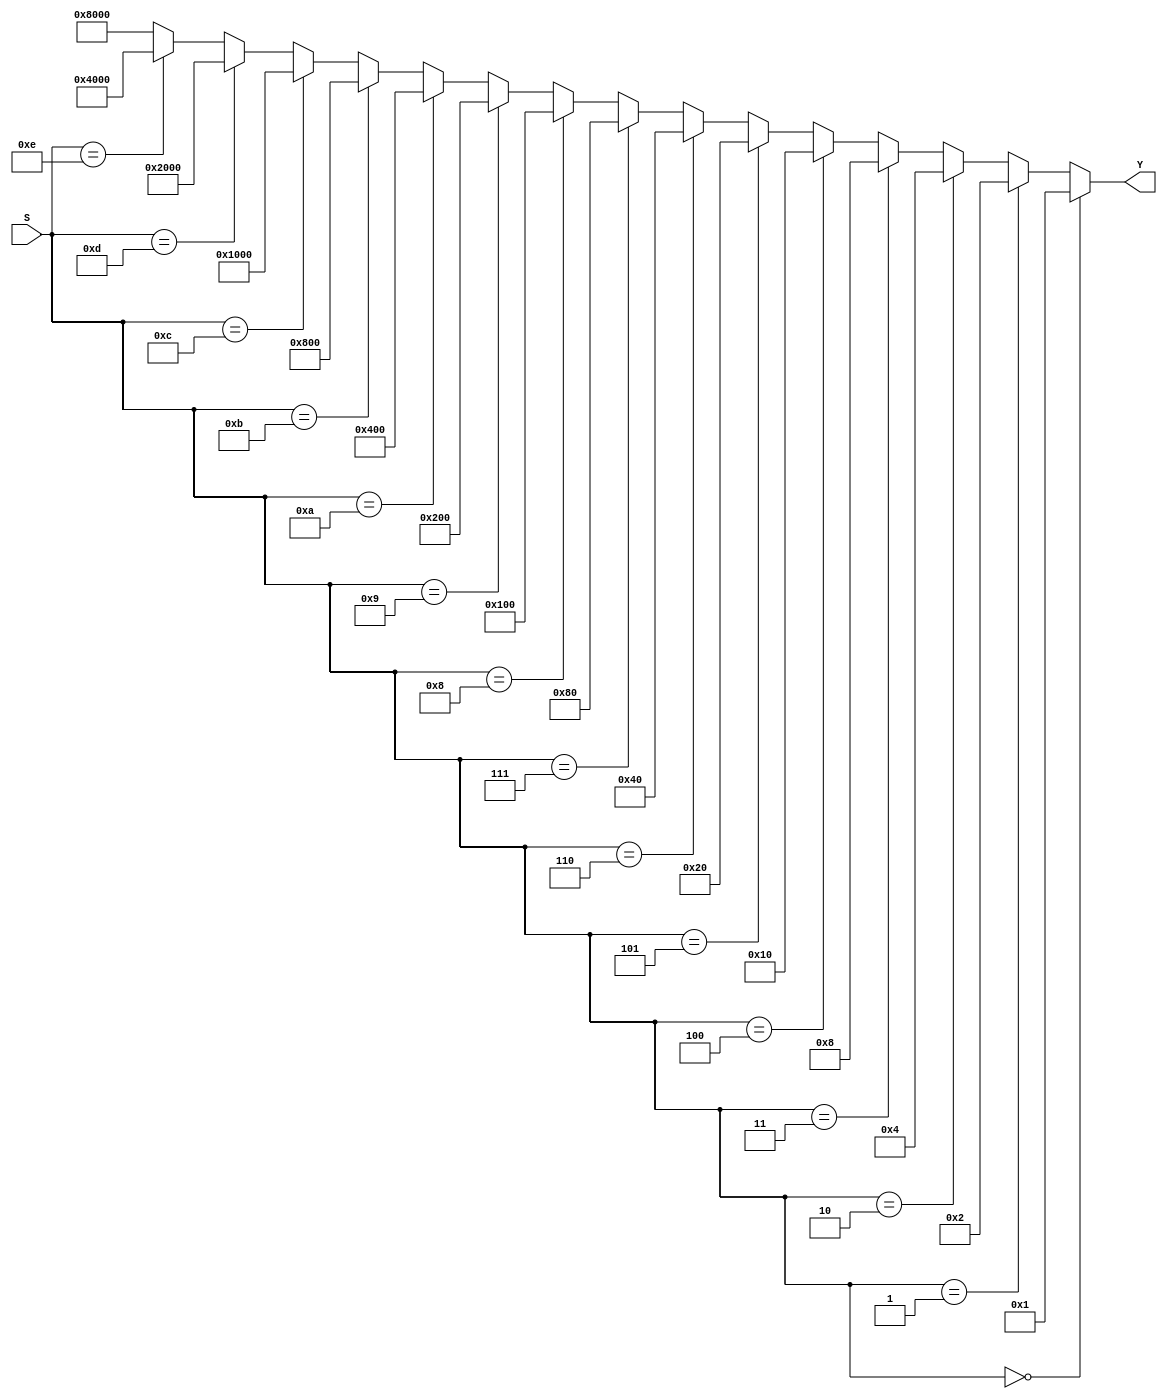
`timescale 1ns / 1ps
//////////////////////////////////////////////////////////////////////////////////
// Company: 
// Engineer: 
// 
// Design Name: 
// Module Name:    Deco15Canales 
// Project Name: 
// Target Devices: 
// Tool versions: 
// Description: 
//
// Dependencies: 
//
// Revision: 
// Revision 0.01 - File Created
// Additional Comments: 
//
//////////////////////////////////////////////////////////////////////////////////
module Deco15Canales(
		
			input [3:0]S,
			output wire [15:0]Y
    );
	 
	  
	 assign Y = (S == 4'b0000)? 16'b0000000000000001: 
					(S == 4'b0001)? 16'b0000000000000010:
					(S == 4'b0010)? 16'b0000000000000100:
					(S == 4'b0011)? 16'b0000000000001000:
					(S == 4'b0100)? 16'b0000000000010000:
					(S == 4'b0101)? 16'b0000000000100000:
					(S == 4'b0110)? 16'b0000000001000000:
					(S == 4'b0111)? 16'b0000000010000000:
					(S == 4'b1000)? 16'b0000000100000000:
					(S == 4'b1001)? 16'b0000001000000000:
					(S == 4'b1010)? 16'b0000010000000000:
					(S == 4'b1011)? 16'b0000100000000000:
					(S == 4'b1100)? 16'b0001000000000000:
					(S == 4'b1101)? 16'b0010000000000000:
					(S == 4'b1110)? 16'b0100000000000000:
					 16'b1000000000000000;
	 	
			
			
			
			
			
			
			


endmodule